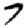
Digit: 7